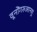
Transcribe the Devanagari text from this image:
वूनोंगरुआनयु